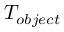
T _ { o b j e c t }